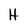
Character: H